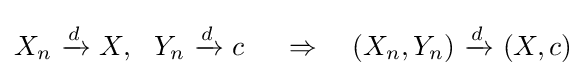
X_{n}\ {\xrightarrow {\overset {}{d}}}\ X,\ \ Y_{n}\ {\xrightarrow {\overset {}{d}}}\ c\ \quad \Rightarrow \quad (X_{n},Y_{n})\ {\xrightarrow {\overset {}{d}}}\ (X,c)